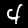
Digit: 4